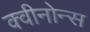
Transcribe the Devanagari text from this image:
क्वीनोन्स